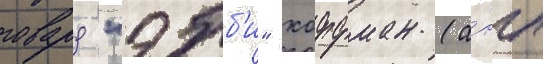
говард "эбб'и" хоффман (а́нгл